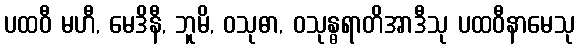
ပထဝီ မဟီ, မေဒိနီ, ဘူမိ, ဝသုဓာ, ဝသုန္ဓရာတိအာဒီသု ပထဝီနာမေသု